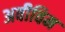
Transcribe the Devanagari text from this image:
अवीविम